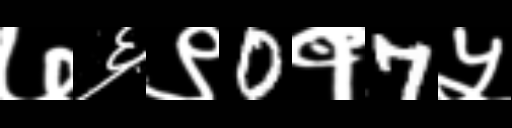
Text: ७६९0१7५